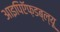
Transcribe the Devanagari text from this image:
आइपिऍफ़डब्ल्यू